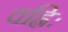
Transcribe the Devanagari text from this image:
वह्निः